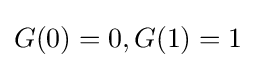
G(0)=0,G(1)=1